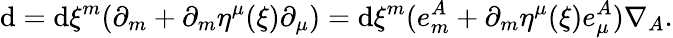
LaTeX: \mathrm{d}=\mathrm{d}\xi^{m}(\partial_{m}+\partial_{m}\eta^{\mu}(\xi)\partial_{\mu})=\mathrm{d}\xi^{m}(e_{m}^{A}+\partial_{m}\eta^{\mu}(\xi)e_{\mu}^{A})\nabla_{A}.